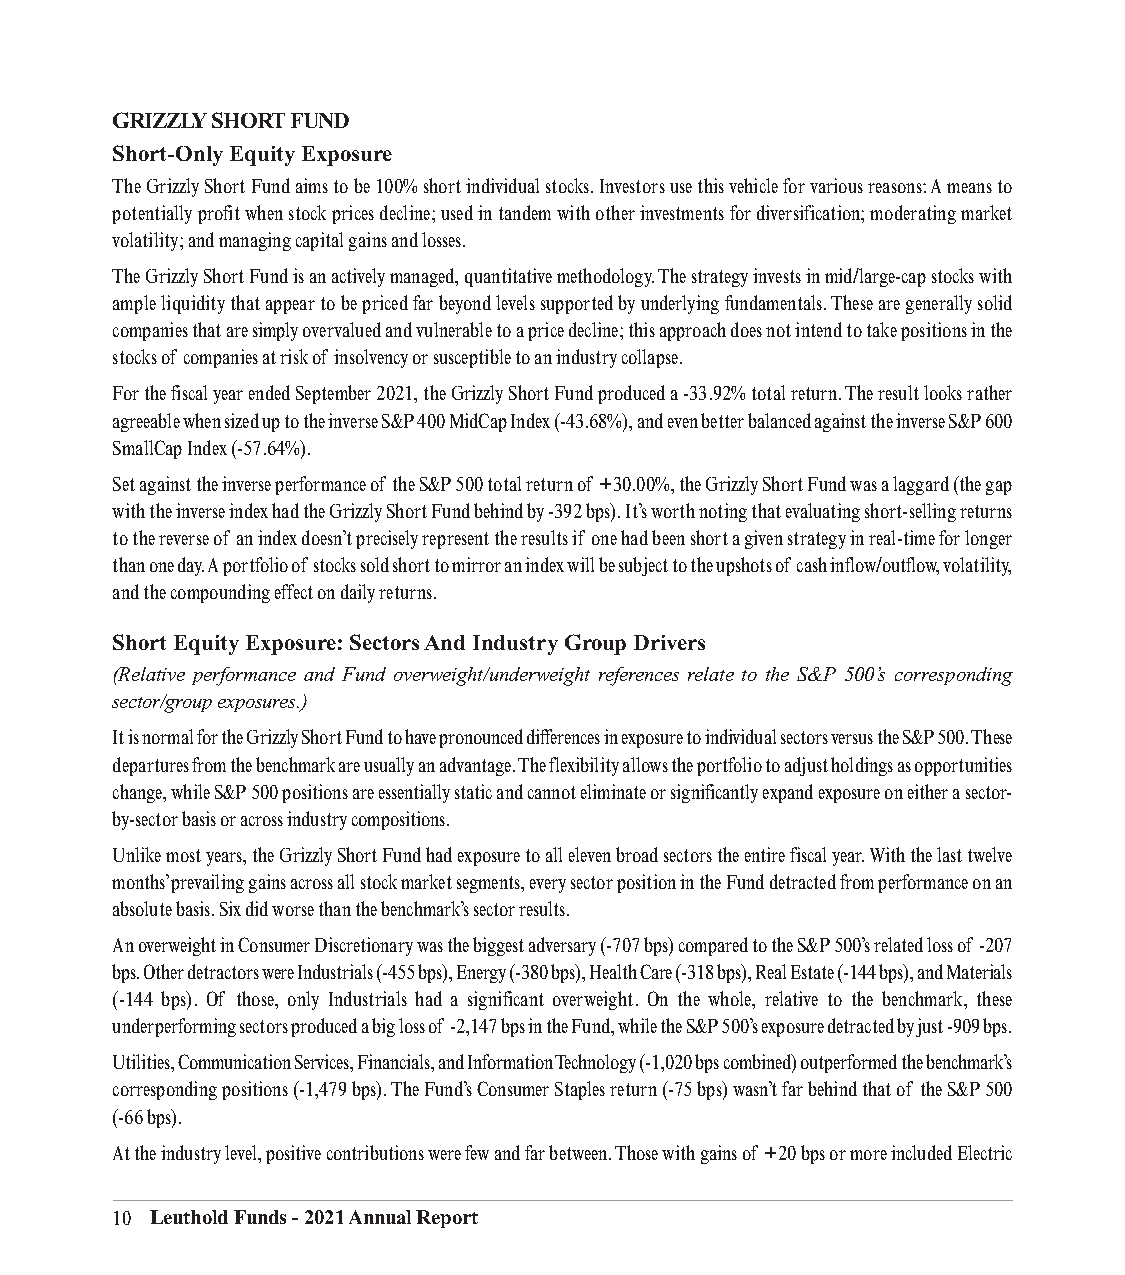
GRIZZLY SHORT FUND
 Short-Only Equity Exposure
 The Grizzly Short Fund aims to be 100% short individual stocks. Investors use this vehicle for various reasons: A means to
 potentially profit when stock prices decline; used in tandem with other investments for diversification; moderating market
 volatility; and managing capital gains and losses.
 The Grizzly Short Fund is an actively managed, quantitative methodology. The strategy invests in mid/large-cap stocks with
 ample liquidity that appear to be priced far beyond levels supported by underlying fundamentals. These are generally solid
 companies that are simply overvalued and vulnerable to a price decline; this approach does not intend to take positions in the
 stocks of companies at risk of insolvency or susceptible to an industry collapse.
 For the fiscal year ended September 2021, the Grizzly Short Fund produced a -33.92% total return. The result looks rather
 agreeable when sized up to the inverse S&P 400 MidCap Index (-43.68%), and even better balanced against the inverse S&P 600
 SmallCap Index (-57.64%).
 Set against the inverse performance of the S&P 500 total return of +30.00%, the Grizzly Short Fund was a laggard (the gap
 with the inverse index had the Grizzly Short Fund behind by -392 bps). It’s worth noting that evaluating short-selling returns
 to the reverse of an index doesn’t precisely represent the results if one had been short a given strategy in real-time for longer
 than one day. A portfolio of stocks sold short to mirror an index will be subject to the upshots of cash inflow/outflow, volatility,
 and the compounding effect on daily returns.
 Short Equity Exposure: Sectors And Industry Group Drivers
 (Relative performance and Fund overweight/underweight references relate to the S&P 500’s corresponding
 sector/group exposures.)
 It is normal for the Grizzly Short Fund to have pronounced differences in exposure to individual sectors versus the S&P 500. These
 departures from the benchmark are usually an advantage. The flexibility allows the portfolio to adjust holdings as opportunities
 change, while S&P 500 positions are essentially static and cannot eliminate or significantly expand exposure on either a sector-
 by-sector basis or across industry compositions.
 Unlike most years, the Grizzly Short Fund had exposure to all eleven broad sectors the entire fiscal year. With the last twelve
 months’ prevailing gains across all stock market segments, every sector position in the Fund detracted from performance on an
 absolute basis. Six did worse than the benchmark’s sector results.
 An overweight in Consumer Discretionary was the biggest adversary (-707 bps) compared to the S&P 500’s related loss of -207
 bps. Other detractors were Industrials (-455 bps), Energy (-380 bps), Health Care (-318 bps), Real Estate (-144 bps), and Materials
 (-144 bps). Of those, only Industrials had a significant overweight. On the whole, relative to the benchmark, these
 underperforming sectors produced a big loss of -2,147 bps in the Fund, while the S&P 500’s exposure detracted by just -909 bps.
 Utilities, Communication Services, Financials, and Information Technology (-1,020 bps combined) outperformed the benchmark’s
 corresponding positions (-1,479 bps). The Fund’s Consumer Staples return (-75 bps) wasn’t far behind that of the S&P 500
 (-66 bps).
 At the industry level, positive contributions were few and far between. Those with gains of +20 bps or more included Electric
 10 Leuthold Funds - 2021 Annual Report